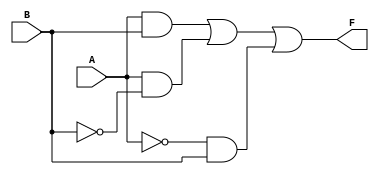
module two_variable_kmap (
    input wire A,  // First input variable
    input wire B,  // Second input variable
    output wire F  // Output representing the simplified boolean expression
);

// Define the K-map output based on the inputs
assign F = (A & B) | (A & ~B) | (~A & B);  // Example implementation (F = A + B)

// Alternative approach using case statement
/*
always @(*) begin
    case ({A, B})
        2'b00: F = F_00;  // F(0,0)
        2'b01: F = F_01;  // F(0,1)
        2'b10: F = F_10;  // F(1,0)
        2'b11: F = F_11;  // F(1,1)
        default: F = 0;   // Default case
    endcase
end
*/

endmodule